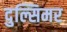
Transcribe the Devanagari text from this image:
दुल्सिमर